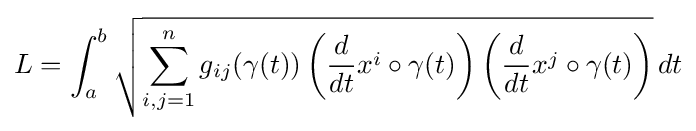
L=\int _{a}^{b}{\sqrt {\sum _{i,j=1}^{n}g_{ij}(\gamma (t))\left({\frac {d}{dt}}x^{i}\circ \gamma (t)\right)\left({\frac {d}{dt}}x^{j}\circ \gamma (t)\right)}}\,dt